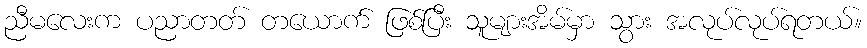
ညီမလေးက ပညာတတ် တယောက် ဖြစ်ပြီး သူများအိမ်မှာ သွား အလုပ်လုပ်ရတယ်။